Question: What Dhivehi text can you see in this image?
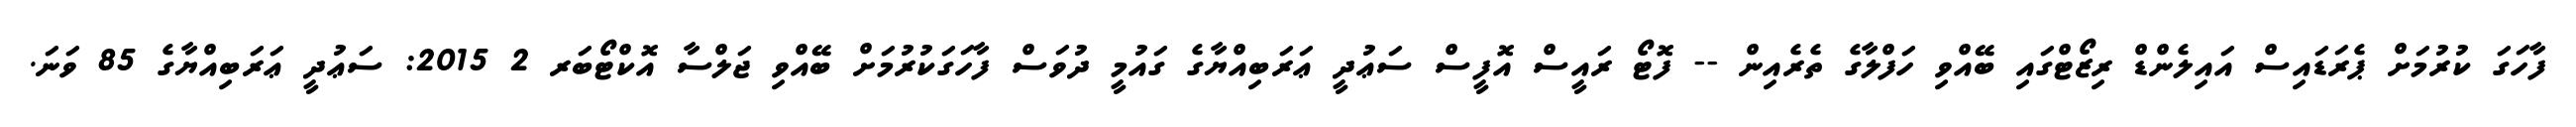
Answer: ފާހަގަ ކުރުމަށް ޕެރަޑައިސް އައިލެންޑް ރިޒޯޓްގައި ބޭއްވި ހަފްލާގެ ތެރެއިން -- ފޮޓޯ ރައީސް އޮފީސް ސަޢުދީ ޢަރަބިއްޔާގެ ގައުމީ ދުވަސް ފާހަގަކުރުމަށް ބޭއްވި ޖަލްސާ އޮކްޓޯބަރ 2 2015: ސަޢުދީ ޢަރަބިއްޔާގެ 85 ވަނަ.